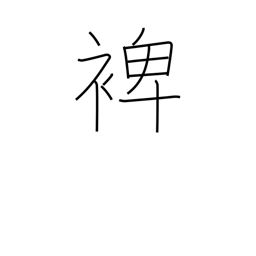
Meaning: help